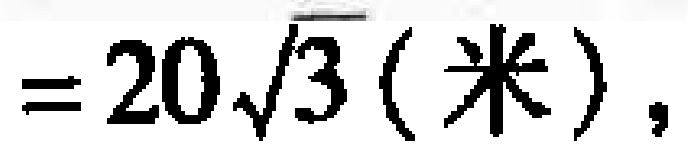
$=20\sqrt{3} \left( 米 \right),$